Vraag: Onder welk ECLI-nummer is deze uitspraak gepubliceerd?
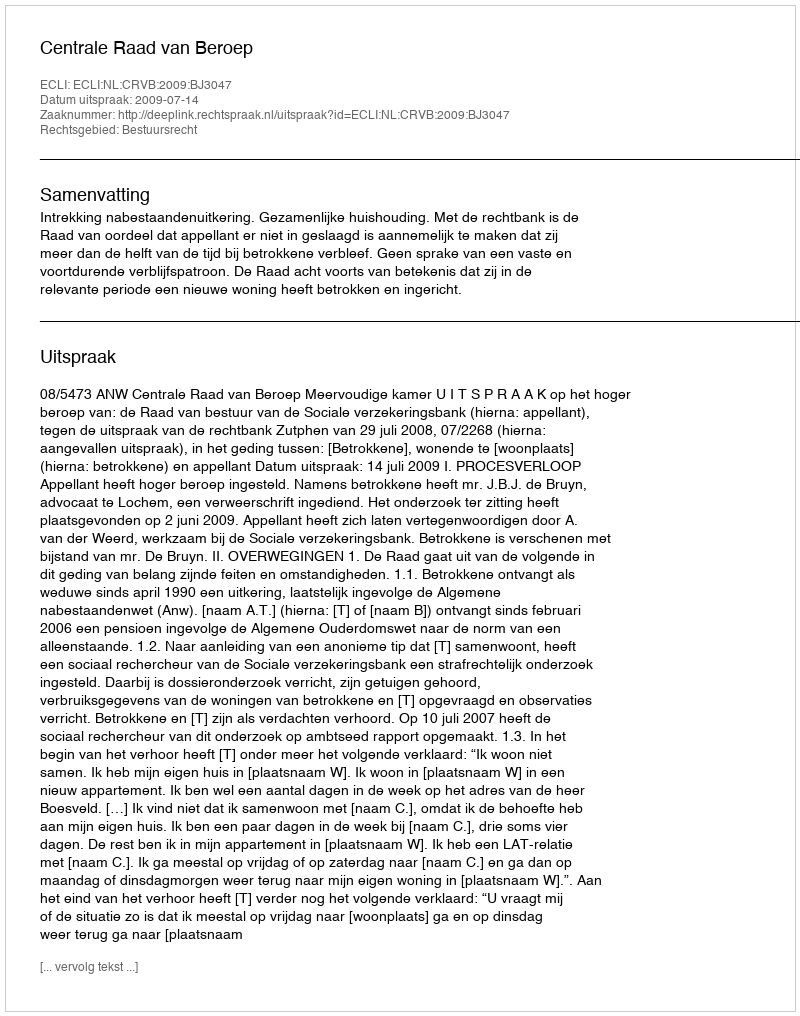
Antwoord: ECLI:NL:CRVB:2009:BJ3047